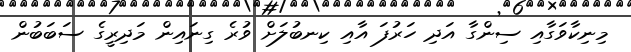
މިނިކާވަގާއި ސިންގާ އަދި ހަރުފަ އާއި ކިނބުލަށް ވުރެ ގިނައިން މަދިރީގެ ސަބަބުން